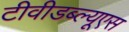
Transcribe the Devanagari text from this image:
टीवीडब्ल्यूएस